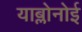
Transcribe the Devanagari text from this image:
याब्लोनोई